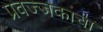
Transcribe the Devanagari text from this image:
प्रवज्जकाचा